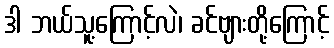
ဒါ ဘယ်သူ့ကြောင့်လဲ၊ ခင်ဗျားတို့ကြောင့်